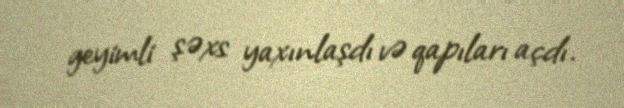
geyimli şəxs yaxınlaşdı və qapıları açdı.